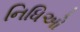
નિધિઓ